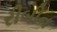
રીબીન